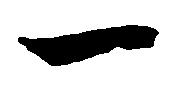
一